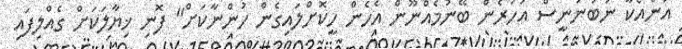
އަނެއްކާ ނުބުނަނީސް އަހަރެން ބޭނުމެއްނޫން އެހެން ހީކޮށްލައިގެން ހުންނާކަށް" ފޮނި ޚިޔާލަކަށް ގެއްލިފައި